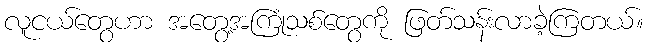
လူငယ်တွေဟာ အတွေ့အကြုံသစ်တွေကို ဖြတ်သန်းလာခဲ့ကြတယ်။